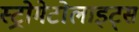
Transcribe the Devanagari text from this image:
स्ट्रोमेटोलाइट्स